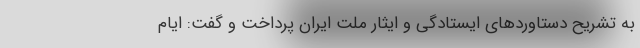
به تشریح دستاوردهای ایستادگی و ایثار ملت ایران پرداخت و گفت: ایام